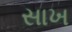
સાખ